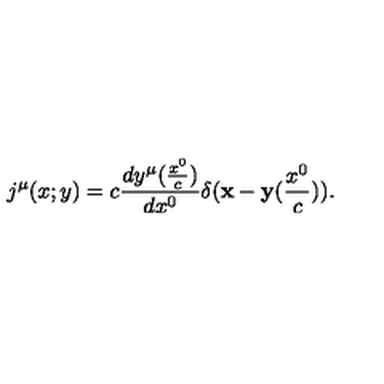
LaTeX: j ^ { \mu } ( x ; y ) = c \frac { d y ^ { \mu } ( \frac { x ^ { 0 } } { c } ) } { d x ^ { 0 } } \delta ( { \bf x } - { \bf y } ( \frac { x ^ { 0 } } { c } ) ) .